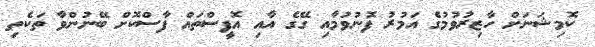
ކޮމިޝަނަށް ހާޒިރުވުމުގެ އަމުރު ފޮނުވުމާއި ގޭގެ އާއި އޮފީސްތައް ފާސްކޮށް ބޭނުންވާ ތަކެތި